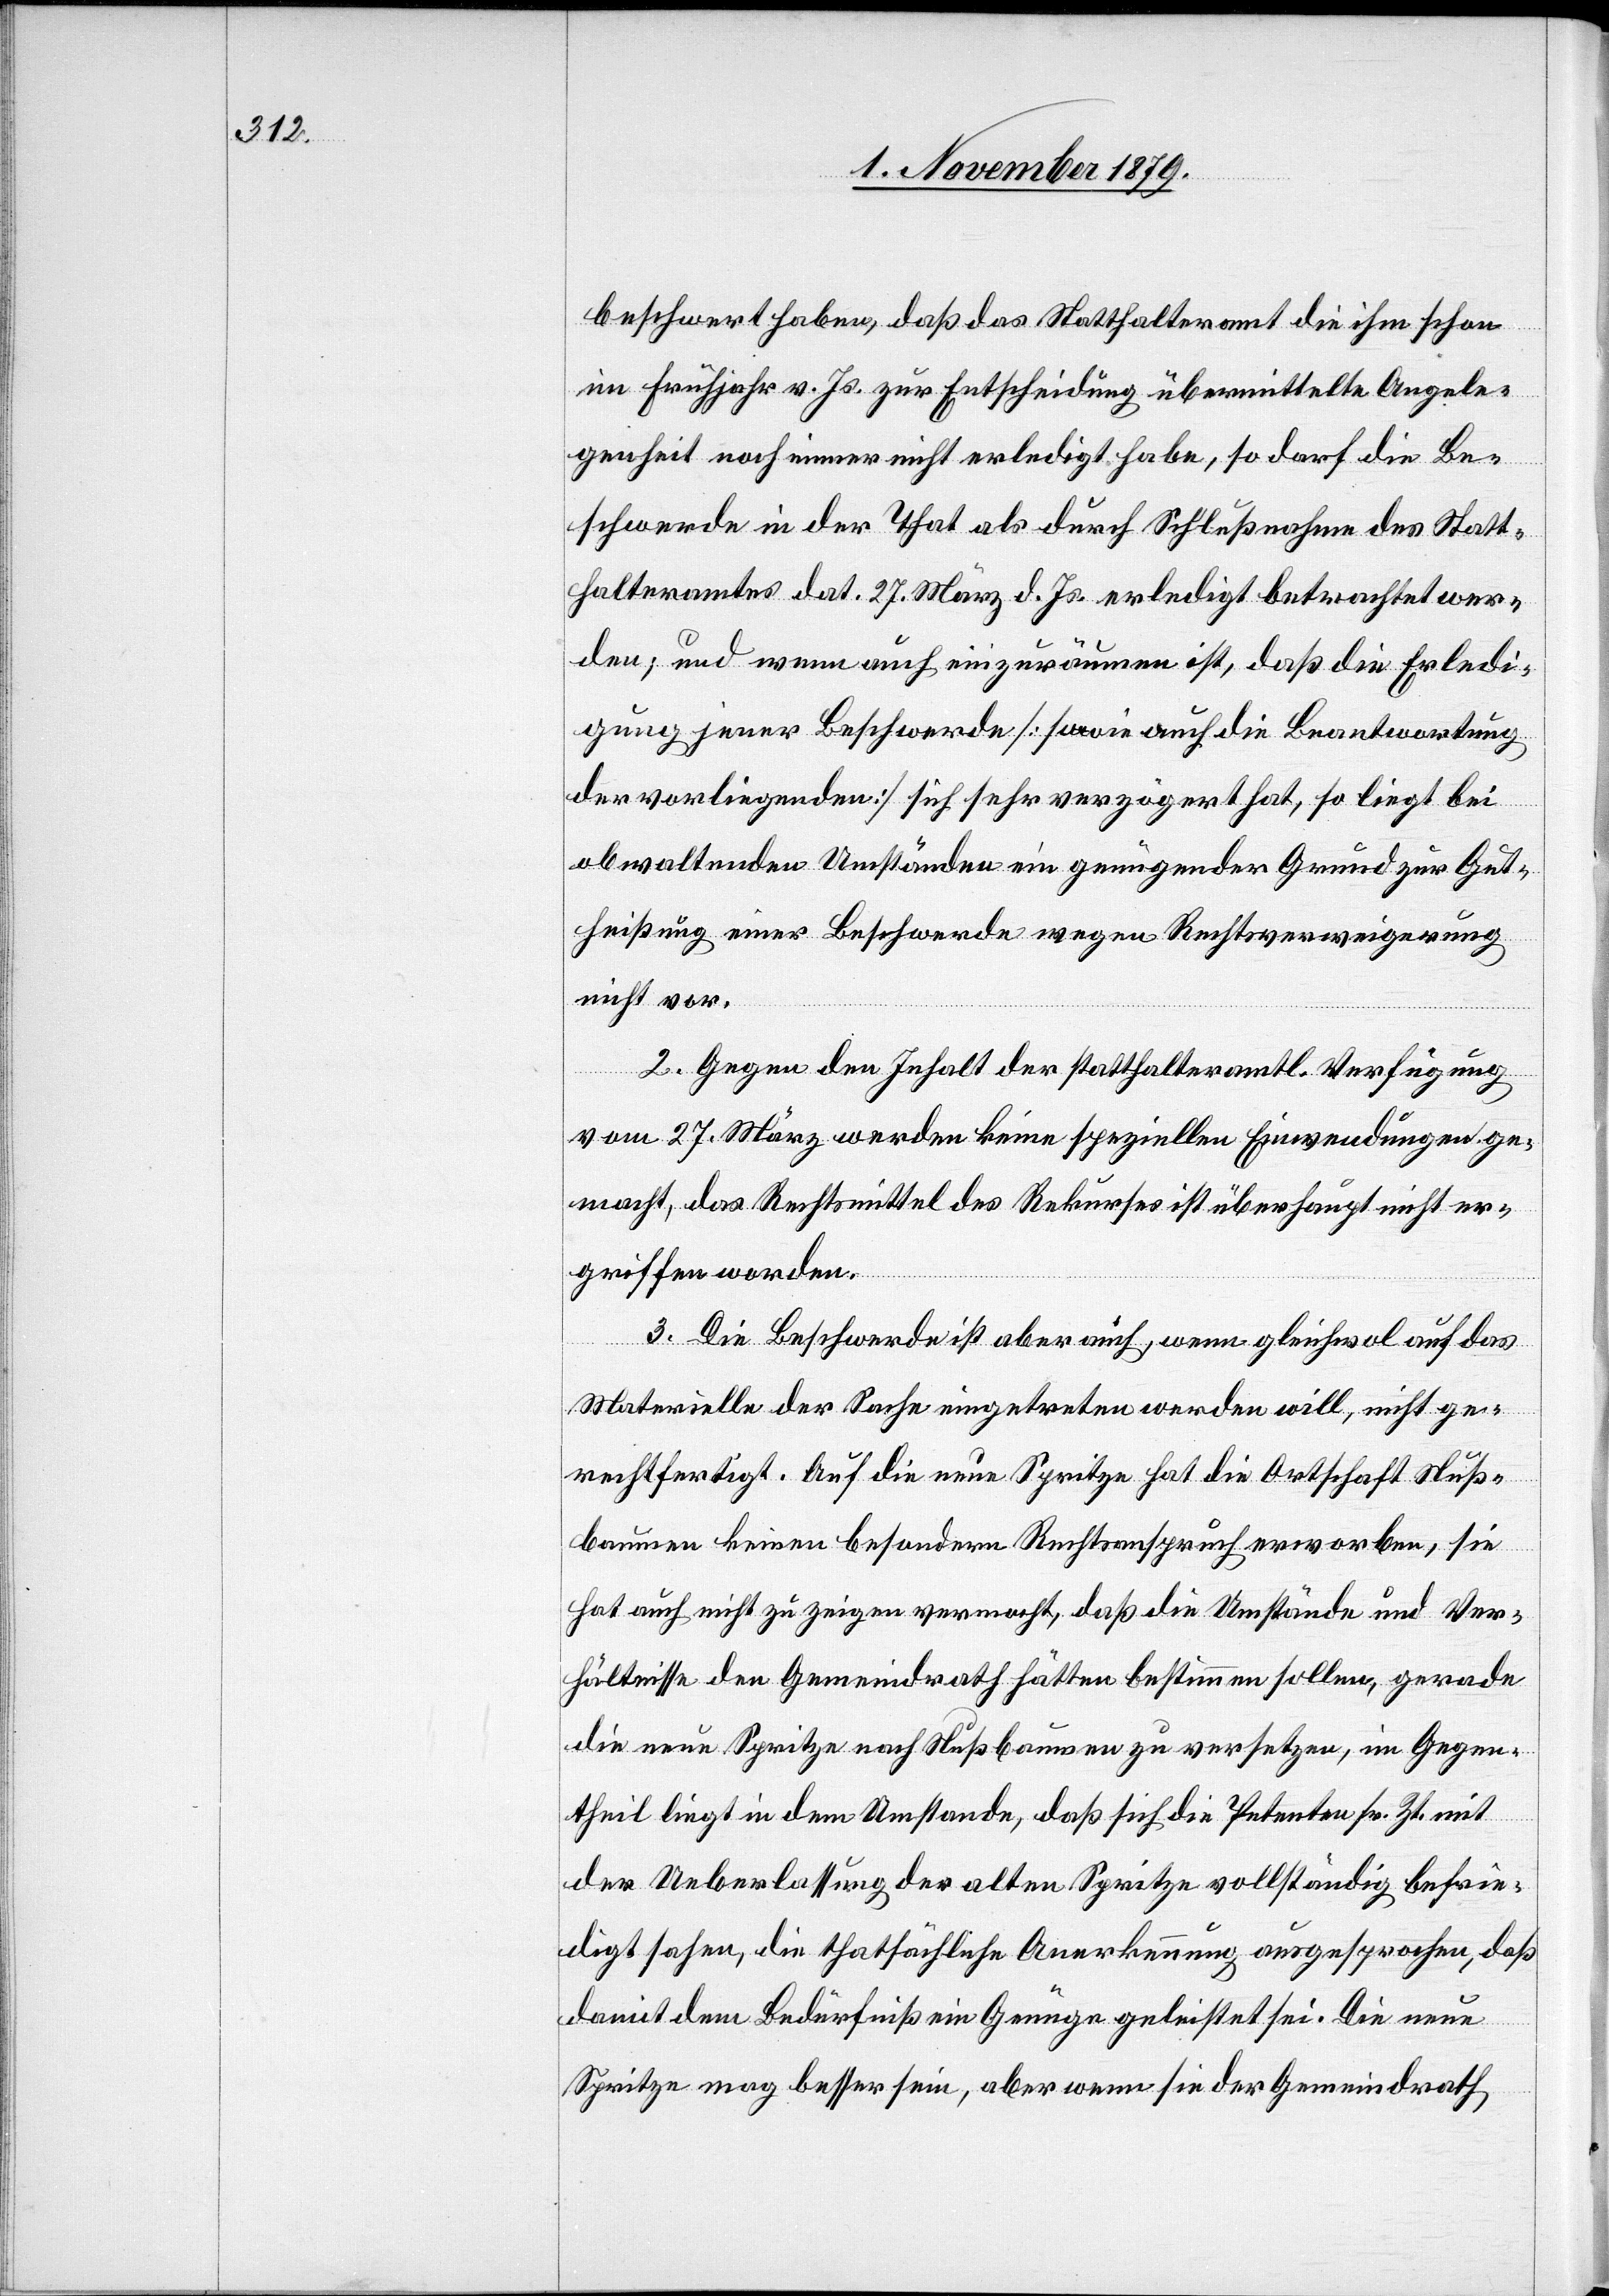
beschwert haben, daß das Statthalteramt die ihm schon
im Frühjahr v. Js. zur Entscheidung übermittelte Angele¬
genheit noch immer nicht erledigt habe, so darf die Be¬
schwerde in der That als durch Schlußnahme des Statt¬
halteramtes dat. 27. März d. Js. erledigt betrachtet wer¬
den; und wenn auch einzuräumen ist, daß die Erledi¬
gung jener Beschwerde [sowie auch die Beantwortung
der vorliegenden] sich sehr verzögert hat, so liegt bei
obwaltenden Umständen ein genügender Grund zur Gut¬
heißung einer Beschwerde wegen Rechtsverweigerung
nicht vor.
2. Gegen den Inhalt der statthalteramtl. Verfügung
vom 27. März werden keine speziellen Einwendungen ge¬
macht, das Rechtsmittel des Rekurses ist überhaupt nicht er¬
griffen worden.
3. Die Beschwerde ist aber auch, wenn gleichwol auf das
Materielle der Sache eingetreten werden will, nicht ge¬
rechtfertigt. Auf die neue Spritze hat die Ortschaft Nuß¬
baumen keinen besondern Rechtsanspruch erworben, sie
hat auch nicht zu zeigen vermocht, daß die Umstände und Ver¬
hältnisse den Gemeindrath hätten bestimmen sollen, gerade
die neue Spritze nach Nußbaumen zu versetzen, im Gegen¬
theil liegt in dem Umstande, daß sich die Petenten sr. Zt. mit
der Ueberlassung der alten Spritze vollständig befrie¬
digt sahen, die städtische Anerkennung ausgesprochen, daß
damit dem Bedürfniß ein Genüge geleistet sei. Die neue
Spritze mag besser sein, aber wenn sie der Gemeindrath